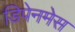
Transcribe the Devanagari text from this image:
डिपेनमेस